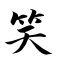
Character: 笑